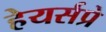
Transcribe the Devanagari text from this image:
हेयर्सप्रे